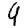
Digit: 9